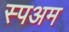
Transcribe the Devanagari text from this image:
स्पअम